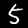
Digit: 5